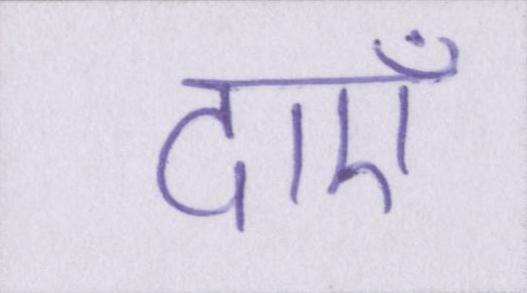
दाएँ